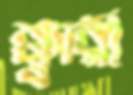
ক্ক্বারী